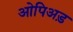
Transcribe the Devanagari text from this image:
ओपिअड़